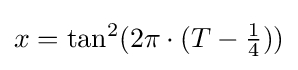
{\textstyle x=\tan ^{2}({2\pi \cdot (T-{\frac {1}{4}})})}